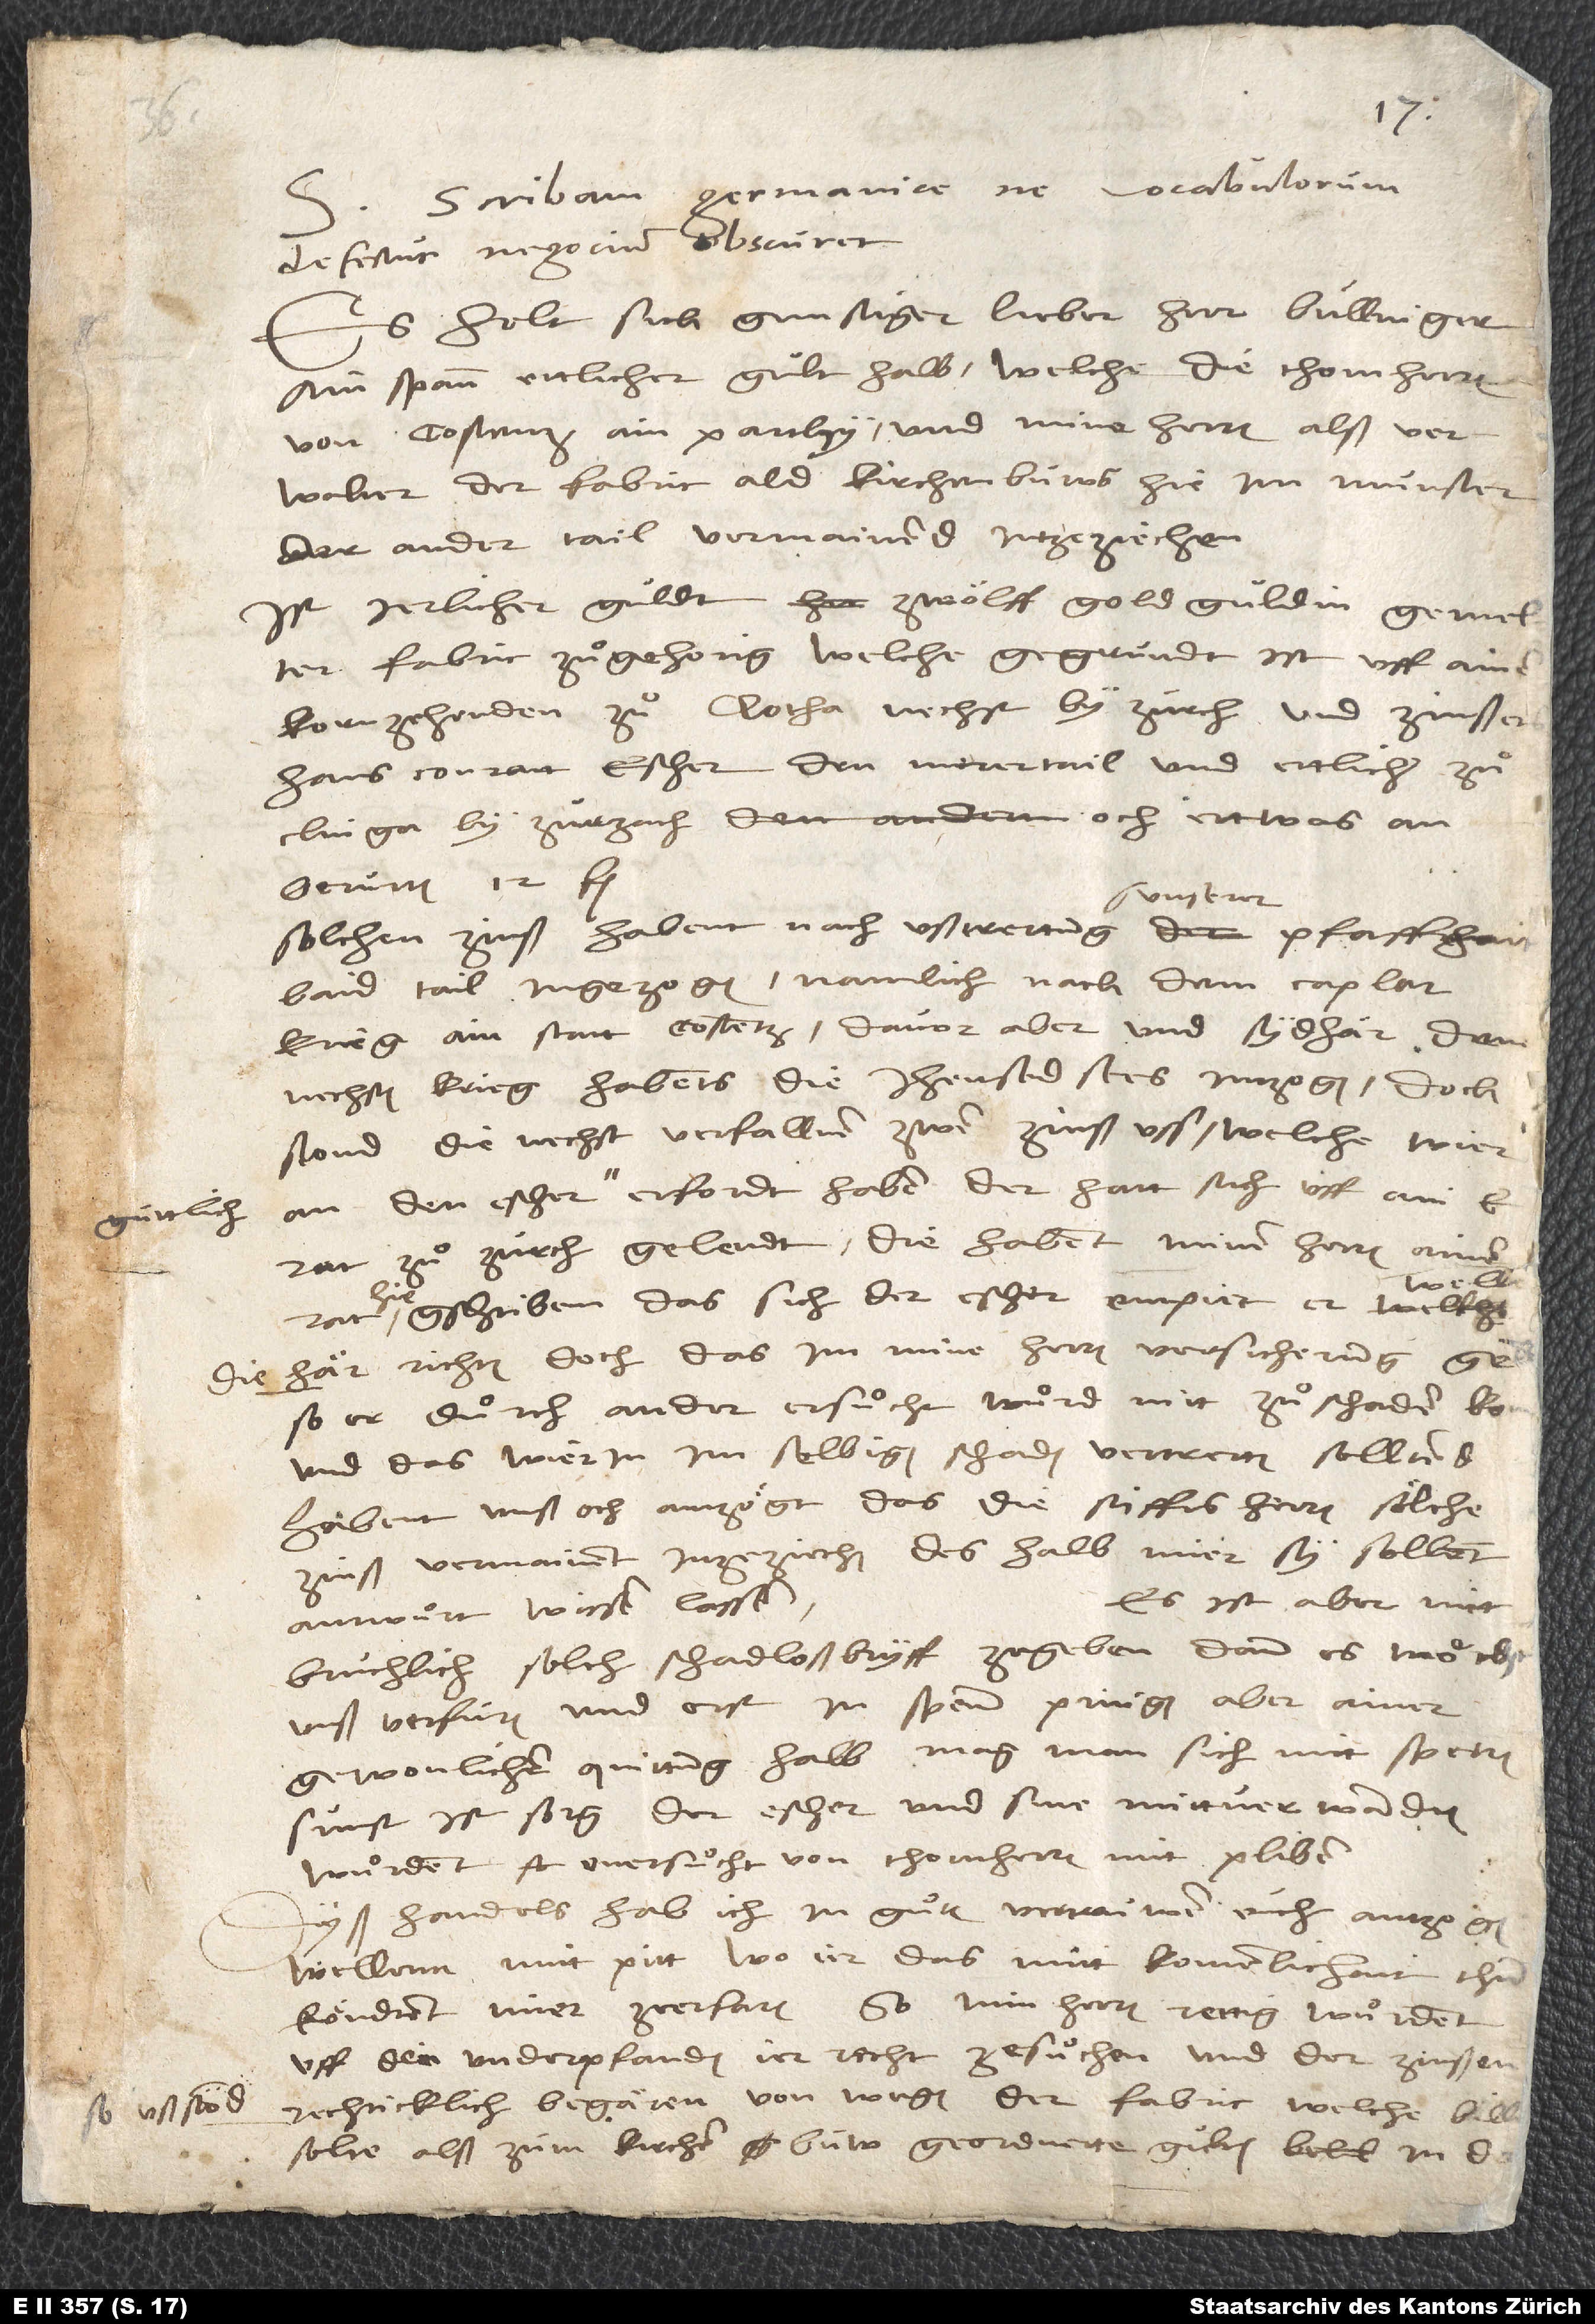
Scribam Germanice, ne vocabulorum
defectus negocium obscuret.
Es hebt sich, gunstiger, lieber herr Bullinger,
ain spann ettlicher gult halb, welche die thomherren
von Costenz ain parthy und mine herren alß verwalter
fabric ald kirchenbuws hie im munster
der ander tail vermainend intzeziechen.
Ist jerlicher guldt zwölff gold guldin, gemelter
fabric zuͦgehorig, welche gegrundt ist uff ainen
kornzehenden zuͦ Clotha nechst by Zurch, und zinssers
Hans Conratt Escher den merertail und ettlicher zuͦ
Clinga byZurzach och ettwas an
berurten 12 fl.
unserer
baid tail ingezogen, namlich nach dem Capler
krieg ain statt Costentz, davor aber und sydhär dem
nechsten krieg habents die jhensid sees intzogen; doch
stond die nechst verfallnen zwen zinß uss, welche wier
guttlich
rat zuͦ Zurch gelendt, die habent minen herren, ainem
gschriben, das sich der Escher empiet, er welle
die här richten doch das im mine herren versicherung geben,
so er duͦrch ander ersuͦcht wuͦrd, nitt zuͦ schaden komm,
und das wier in im selbigen schaden vertretten sölltend.
Habent unß och anzögt, das die stiffts herren sölche
zinß vermainent inzeziechen, deshalb mier sy sollent
Es ist aber nitt
antwuͦrt wissen lassen.
bruchlich, solch schadlossbryff ze geben, dann es möcht
unß verfuren und erst in spenn pringen. Aber ainer
gewonlichen quittung halb mag man sich nitt sperren,
sunst ist sorg, der Escher und sine mittverwandten
wuͦrdent onersuͤcht von thomherren nitt pliben.
Dyß handels hab ich in guͦtem vertrauwen euch antzögen
wellenn mitt pitt, wo ier das mitt komenlichait thun
köndtent, mier ze erfaren: So min herren rettig wuͦrdent,
uff den underpfanden ier recht ze suͦchen und der zinssen,
rechticklich begären von wegen der fabric, welche bill
so usstönd,
solten alß zum kirchen buw geordnette gulten in der